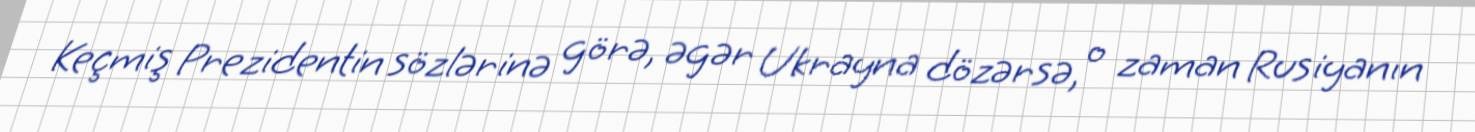
Keçmiş Prezidentin sözlərinə görə, əgər Ukrayna dözərsə, o zaman Rusiyanın